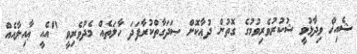
ޝެއިޚް ވިދާޅުވީ ޝުކުރުވެރިވުމުގެ ގޮތުން ދުޢާކޮށް ޞަދަގާތްކުރާފަދަ ހާލަތެއް މެދުވެރިވީ "އެއީ ޢާއިލާއެއް